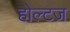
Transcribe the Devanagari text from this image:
होल्टज़